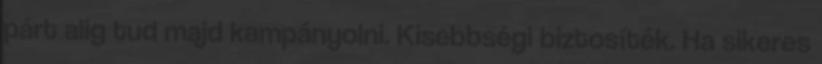
párt alig tud majd kampányolni. Kisebbségi biztosíték. Ha sikeres